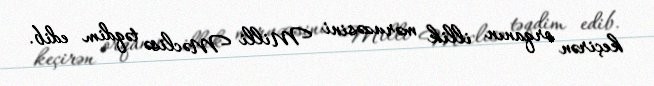
keçirən orqanın illik məruzəsini Milli Məclisə təqdim edib.